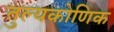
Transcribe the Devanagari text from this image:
तुल्यकोणिक